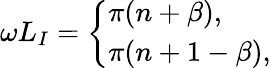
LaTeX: \omega L_{I}=\left\{ \begin{array}{ll}{{\pi(n+\beta),}}\\ {{\pi(n+1-\beta),}}\end{array}\right.